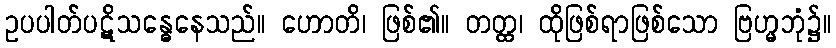
ဥပပါတ်ပဋိသန္ဓေနေသည်။ ဟောတိ၊ ဖြစ်၏။ တတ္ထ၊ ထိုဖြစ်ရာဖြစ်သော ဗြဟ္မဘုံ၌။